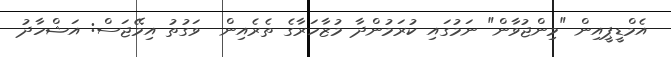
އެމްޑީޕީއިން "މިންޖުވާން" ނަމުގައި ކުރަމުންދާ މުޒާހަރާގެ ތެރެއިން  ވަގުތު އިމޭޖަސް: އަޝްހާދު